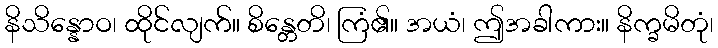
နိသိန္နောဝ၊ ထိုင်လျက်။ စိန္တေတိ၊ ကြံ၏။ အယံ၊ ဤအခါကား။ နိက္ခမိတုံ၊